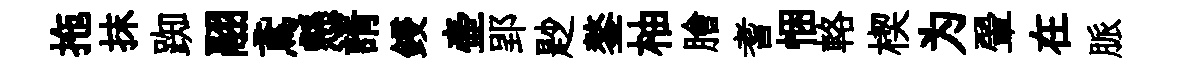
拖抹踟翮鳶懸諝鋟壷郢尟鏊柚膾耆悃輅楔为翬在脈